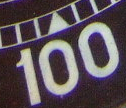
100